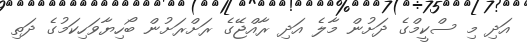
އަދި މި ސްކީމްގެ ދަށުން މާލެ އަދި ރާއްޖޭގެ ރަށްރަށުން ބޯހިޔާވަހިކަމުގެ ދަތި